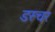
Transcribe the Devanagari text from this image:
डस्चर